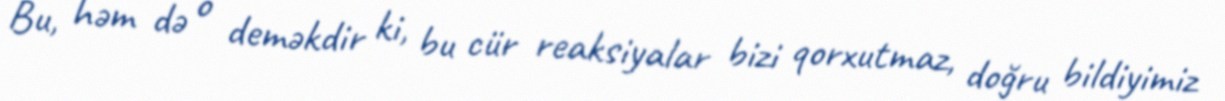
Bu, həm də o deməkdir ki, bu cür reaksiyalar bizi qorxutmaz, doğru bildiyimiz